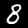
Digit: 8